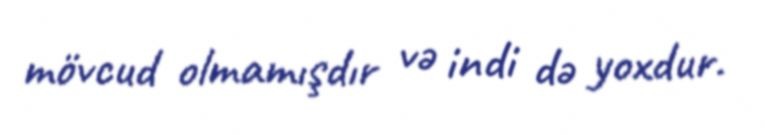
mövcud olmamışdır və indi də yoxdur.